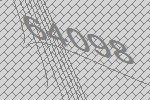
64098